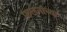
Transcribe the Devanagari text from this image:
फलनांच्या